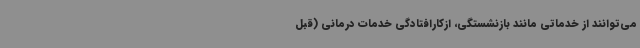
می‌توانند از خدماتی مانند بازنشستگی، ازکارافتادگی خدمات درمانی (قبل